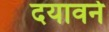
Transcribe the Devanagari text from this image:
दयावने